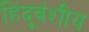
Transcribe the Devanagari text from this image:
हिंदूवंशीय